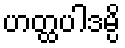
ဟတ္ထပါဒမ္ပိ